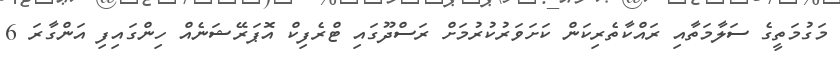
މަގުމަތީގެ ސަލާމަތާއި ރައްކާތެރިކަން ކަށަވަރުކުރުމަށް ރަސްދޫގައި ޓްރެފިކް އޮޕަރޭޝަނެއް ހިންގައިފި އަންގާރަ 6